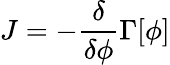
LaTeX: J=-{\frac{\delta}{\delta\phi}}\Gamma[\phi]